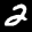
Label: 2